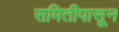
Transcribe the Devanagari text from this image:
समितीपासून